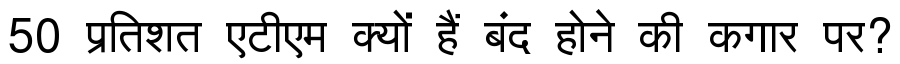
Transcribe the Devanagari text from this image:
50 प्रतिशत एटीएम क्यों हैं बंद होने की कगार पर?